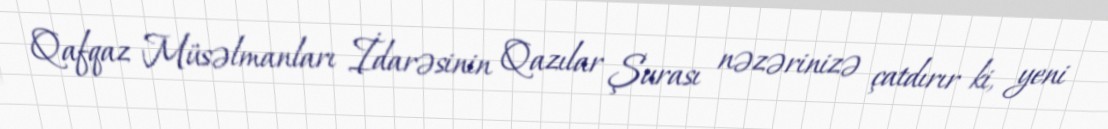
Qafqaz Müsəlmanları İdarəsinin Qazılar Şurası nəzərinizə çatdırır ki, yeni